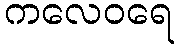
ကလေဝရေ